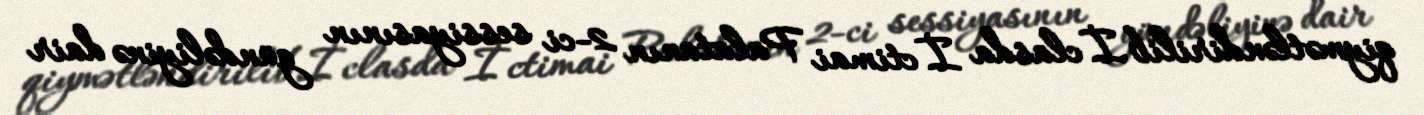
qiymətləndirilib.İclasda İctimai Palatanın 2-ci sessiyasının gündəliyinə dair